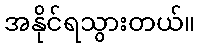
အနိုင်ရသွားတယ်။